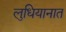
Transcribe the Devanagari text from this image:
लुधियानात